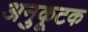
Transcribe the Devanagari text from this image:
अनुकूटक